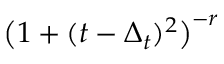
\big ( 1 + ( t - \Delta _ { t } ) ^ { 2 } \big ) ^ { - r }